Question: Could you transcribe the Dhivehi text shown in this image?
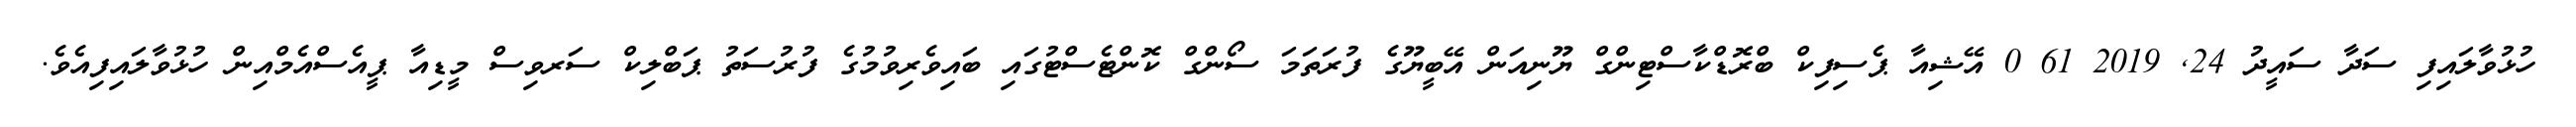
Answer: ހުޅުވާލައިފި ސަދާ ސައީދު 24, 2019 61 0 އޭޝިއާ ޕެސިފިކް ބްރޮޑްކާސްޓިންގް ޔޫނިއަން އޭބީޔޫގެ ފުރަތަމަ ސޯންގް ކޮންޓެސްޓުގައި ބައިވެރިވުމުގެ ފުރުސަތު ޕަބްލިކް ސަރވިސް މީޑިއާ ޕީއެސްއެމްއިން ހުޅުވާލައިފިއެވެ.